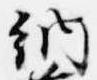
納